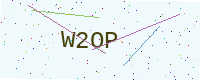
Text: W2OP